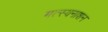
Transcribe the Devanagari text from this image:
मत्स्यनाशन